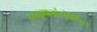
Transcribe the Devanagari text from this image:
वस्तुमानांसंबंधित